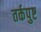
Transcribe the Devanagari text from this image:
तर्कपुष्ट